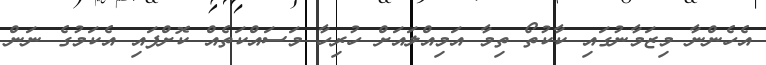
އެހެންނާ މިޒަމާނުގައި ކާކުތޯ ތިމާ އަމިއްލައަށް ހުރިހާ މަސައްކަތެއް ކޮށްފައި އެކަމުގެ ނަން